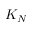
K _ { N }